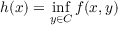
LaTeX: h ( x ) = \operatorname* { i n f } _ { y \in C } f ( x , y )